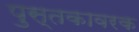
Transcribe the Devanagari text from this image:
पुस्तकावरक